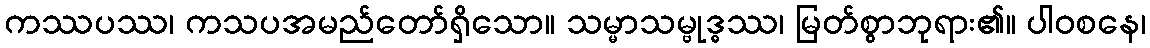
ကဿပဿ၊ ကသပအမည်တော်ရှိသော။ သမ္မာသမ္ဗုဒ္ဓဿ၊ မြတ်စွာဘုရား၏။ ပါဝစနေ၊